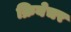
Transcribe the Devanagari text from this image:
क्रियेचर